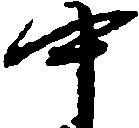
中